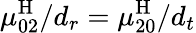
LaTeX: \mu_{02}^{\mathrm{H}}/{d_{r}}=\mu_{20}^{\mathrm{H}}/{d_{t}}